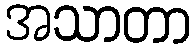
အသာတာ